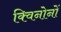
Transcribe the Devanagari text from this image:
क्विनोनों